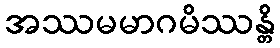
အဿမမာဂမိဿန္တိ